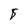
Character: 8